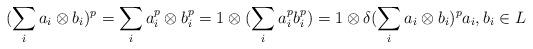
LaTeX: \begin{align*} (\sum_i a_i\otimes b_i)^p=\sum_i a_i^p\otimes b_i^p = 1\otimes (\sum_i a_i^pb_i^p) = 1\otimes \delta(\sum_i a_i\otimes b_i)^p a_i,b_i\in L \end{align*}